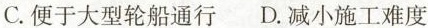
C.便于大型轮船通行 D.减小施工难度